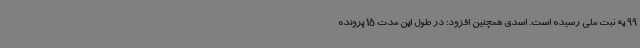
99 به ثبت ملی رسیده است. اسدی همچنین افزود: در طول این مدت 15 پرونده